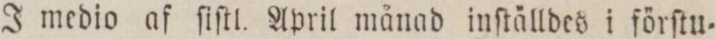
J medio af ſiſtl. April månad inſtälldes i förſtu=